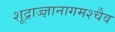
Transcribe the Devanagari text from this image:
शूद्राज्ज्ञानागमश्चैव